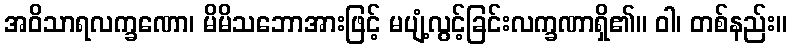
အဝိသာရလက္ခဏော၊ မိမိသဘောအားဖြင့် မပျံ့လွင့်ခြင်းလက္ခဏာရှိ၏။ ဝါ၊ တစ်နည်း။